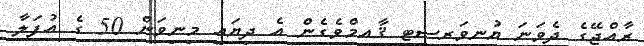
ރާއްޖޭގެ ދެވަނަ ޔުނިވަރސިޓީ ޤާއިމްވެގެން އެ ދިޔައީ މިނިވަން 50 ގެ އުފަލާ